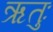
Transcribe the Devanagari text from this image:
ऋतुः